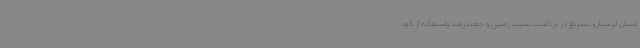
استان لرستان، تسریع در برداشت سیب زمینی و چغندرقند واستفاده از کود